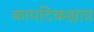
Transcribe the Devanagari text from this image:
कापटिकक्षात्र